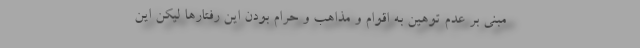
مبنی بر عدم توهین به اقوام و مذاهب و حرام بودن این رفتارها لیکن این